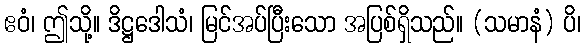
ဧဝံ၊ ဤသို့။ ဒိဋ္ဌဒေါသံ၊ မြင်အပ်ပြီးသော အပြစ်ရှိသည်။ (သမာနံ) ပိ၊